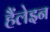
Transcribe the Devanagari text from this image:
हैंलेइन